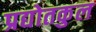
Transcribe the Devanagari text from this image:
प्रद्योतकुल